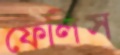
ফেলিস